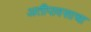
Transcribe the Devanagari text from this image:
अतीपावसाचा